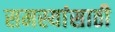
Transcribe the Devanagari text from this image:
समस्यांसाठी